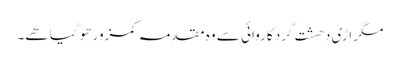
مگر اڑی دھشت گرد کاروائی سے وہ مقدمہ کمزور ھو گیا ھے۔